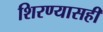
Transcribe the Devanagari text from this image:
शिरण्यासही